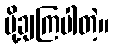
ပို့ချကြပါတဲ့။